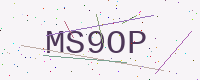
Text: MS9OP